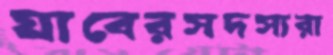
যাবেরসদস্যরা